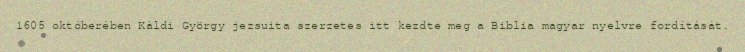
1605 októberében Káldi György jezsuita szerzetes itt kezdte meg a Biblia magyar nyelvre fordítását.